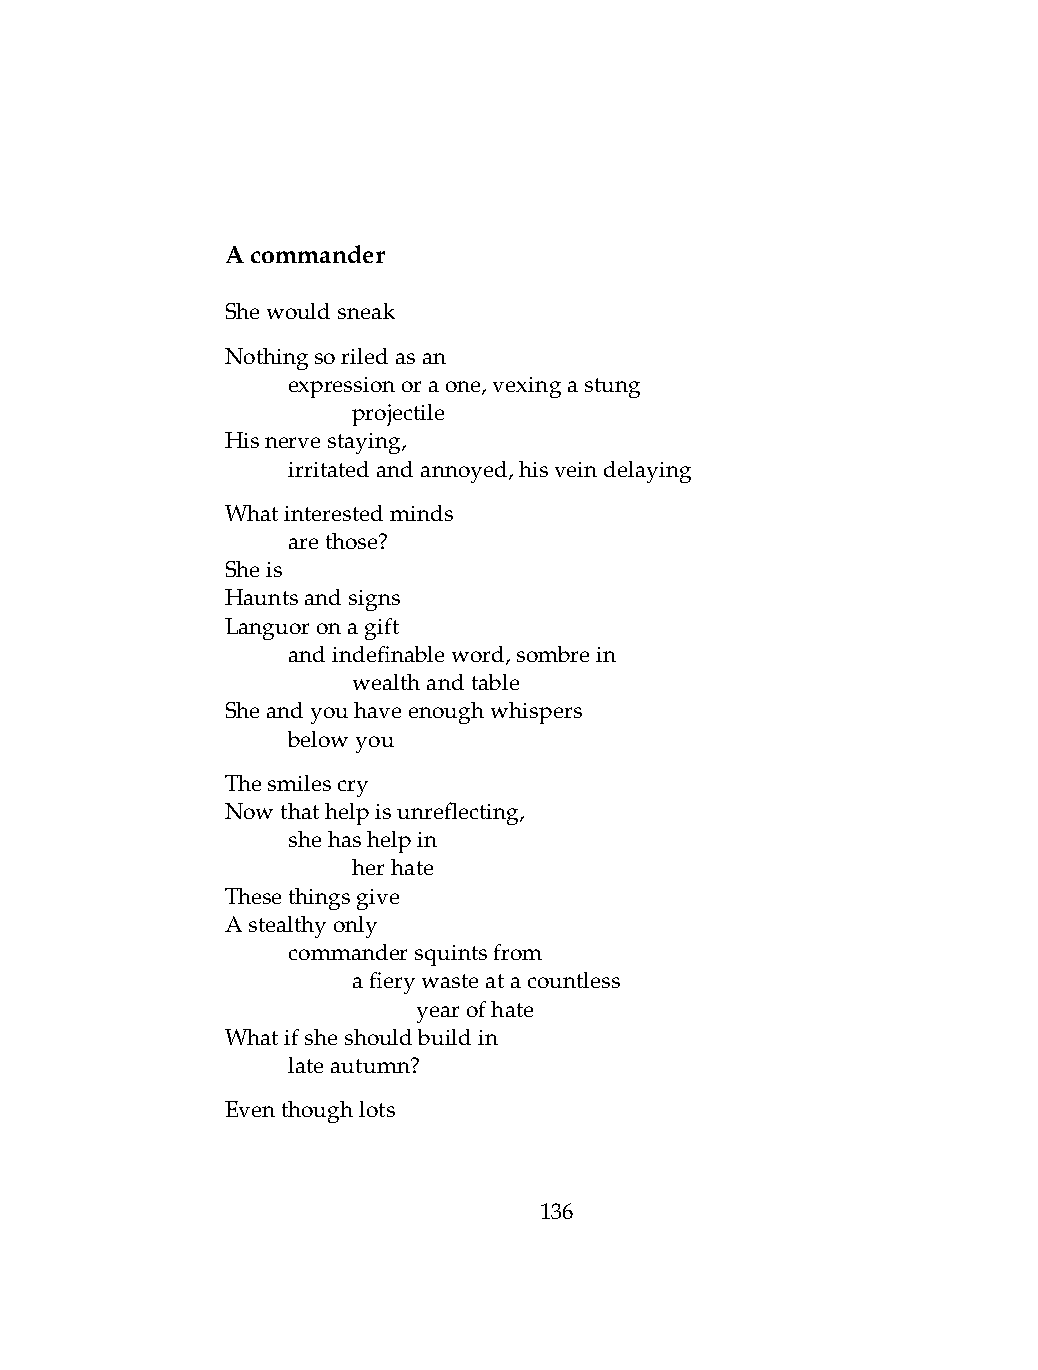
Acommander
 Shewouldsneak
 Nothingsoriledasan
 .   expressionoraone,vexingastung
 .   .   projectile
 Hisnervestaying,
 .   irritatedandannoyed,hisveindelaying
 Whatinterestedminds
 .   arethose?
 Sheis
 Hauntsandsigns
 Languoronagift
 .   andindefinableword,sombrein
 .   .   wealthandtable
 Sheandyouhaveenoughwhispers
 .   belowyou
 Thesmilescry
 Nowthathelpisunreflecting,
 .   shehashelpin
 .   .   herhate
 Thesethingsgive
 Astealthyonly
 .   commandersquintsfrom
 .   .   afierywasteatacountless
 .   .   .    yearofhate
 Whatifsheshouldbuildin
 .   lateautumn?
 Eventhoughlots
 136